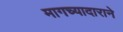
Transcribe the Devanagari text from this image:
मागच्यादाराने